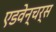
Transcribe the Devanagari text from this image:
एडवेन्चर्स